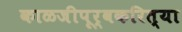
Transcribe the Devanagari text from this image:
काळजीपूर्वकरित्या